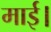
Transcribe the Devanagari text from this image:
माई।